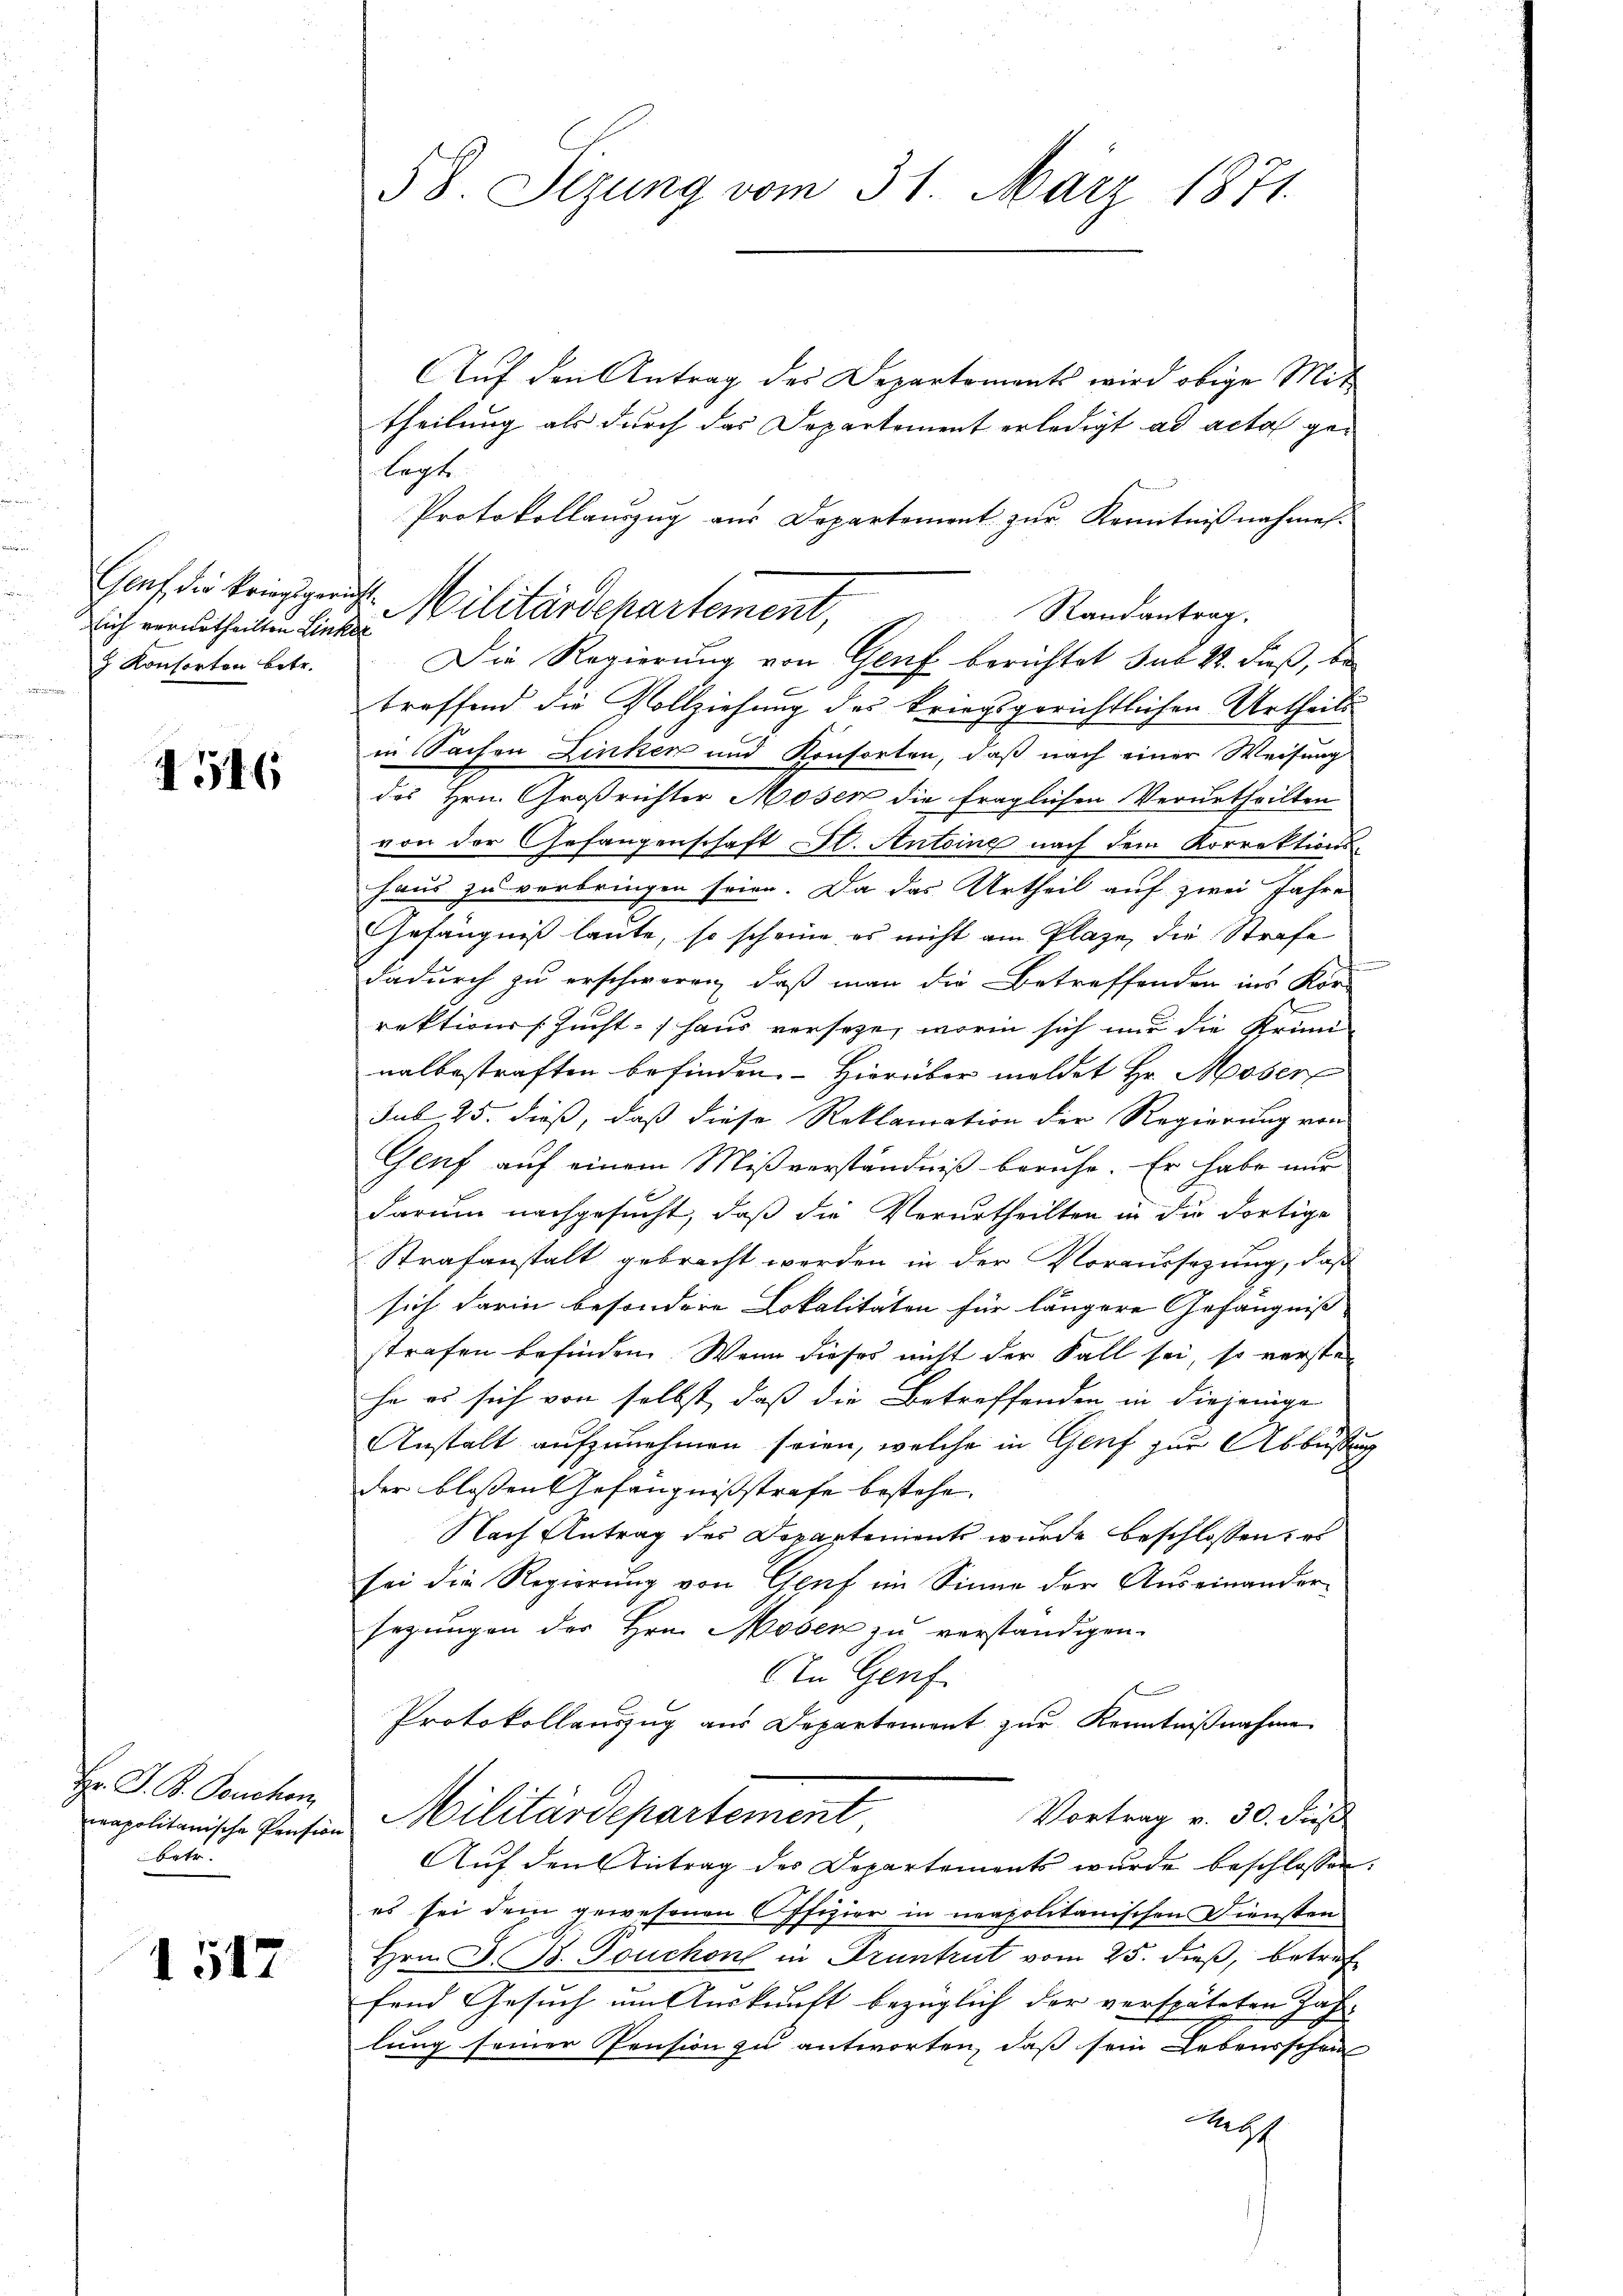
ich verurtheilten Linker
 Konsorten betr.

1516

Hr. J. B. Pouchon
betr.

1517

Auf den Antrag des Departements wird obige Mit
theilung als durch das Departement erledigt ad acta gelagte
Randantrag.
Die Regierung von Genf berichtet sub 28. dieß, be
treffend die Vollziehung des kriegsgerichtlichen Urtheils
in Sachen Linken und Konsorten, daß nach einer Weisung
des Hrn. Großrichter Moser die fraglichen Verurtheilten
von der Gefangenschaft Gl. Antoine nach dem Korrektions-
haus zu verbringen seien. Da das Urtheil auf zwei Jahre
Gefängniß laute, so scheine es nicht am Plaze, die Strafe
dadurch zu erschweren, daß man die Betreffenden ins Kor
rektions Zucht. Haus versehe, worin sich nur die Krimi
nalbestraften befinden. Hierüber meldet Hr. Moser
sub 25. dieß, daß diese Reklamation der Regierung von
Genf auf einem Mißverständniß beruhe. Er habe nur
darum nachgesucht, daß die Verurtheilten in die dortige
Strafanstalt gebracht werden in der Voraussezung, daß
sich darin besondere Lokalitäten für längere Gefängniß
strafen befinden. Wenn dieses nicht der Fall sei, so verstehe es sich von selbst, daß die Betreffenden in diejenige
Anstalt aufzunehmen seien, welche in Genf zur Abbüßung
der blossen Gefängnißstrafe bestehe.
Nach Antrag des Departement wurde beschlossen, es
sei die Regierung von Genf im Sinne der Auseinandersegungen der Hrn. Mosen zu verständigen.
In Genf
Protokollauszug aus Departement zur Kenntnißnahme
Vortrag v. 30. dieß
apolitanische Pension Militärdepartement
Auf den Antrag des Departements wurde beschlossen:
es sei dem gewesenen Offizier in neapolitanischen Diensten
Hrn. J. B. Touchon in Gruntrut vom 25. dieß, betref
fend Gesuch um Auskunft bezüglich der verspäteten Haf-
lung seiner Pension zu antworten, daß sein Lebensschei
gl

58. Sezung vom 31. März 1871.

Protokollauszug aus Departement zur Kenntnißnahmes.
Gauf die kriegsgericht Militärdepartement,